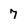
Character: 7